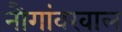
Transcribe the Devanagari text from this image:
नौगांवखाल